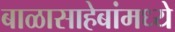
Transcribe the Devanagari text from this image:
बाळासाहेबांमध्ये